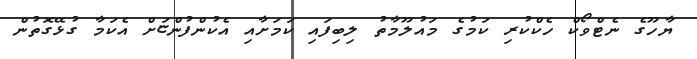
ޔާހޫގެ ނެޓްވޯކް ހެކްކުރި ކަމުގެ މައުލޫމާތު ލިބިފައި ކަމަށާއި އެކުންފުންޏަށް އެކަމާ ގުޅޭގޮތުން